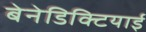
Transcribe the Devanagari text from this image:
बेनेडिक्टियाई